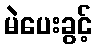
မဲပေးခွင့်